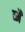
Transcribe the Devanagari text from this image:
व्मैं